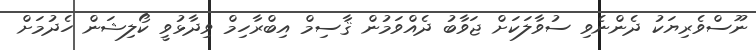
ނޫސްވެރިޔަކު ދެންނެވި ސުވާލަކަށް ޖަވާބު ދެއްވަމުން ޤާސިމް އިބްރާހިމް ވިދާޅުވީ ކޯލިޝަން ހެދުމަށް